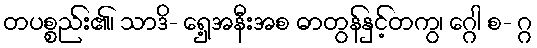
တပစ္စည်း၏၊ သာဒိ- ရှေ့အနီးအစ ဓာတွန်နှင့်တကွ၊ ဂ္ဂေါ စ- ဂ္ဂ